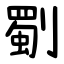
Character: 劅